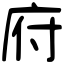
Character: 府